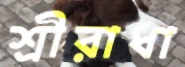
শ্রীরাধা